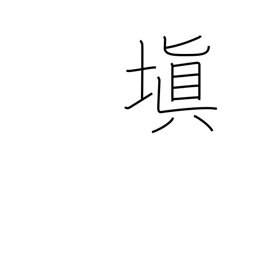
Meaning: make good